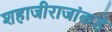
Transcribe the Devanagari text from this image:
शहाजीराजांकडे